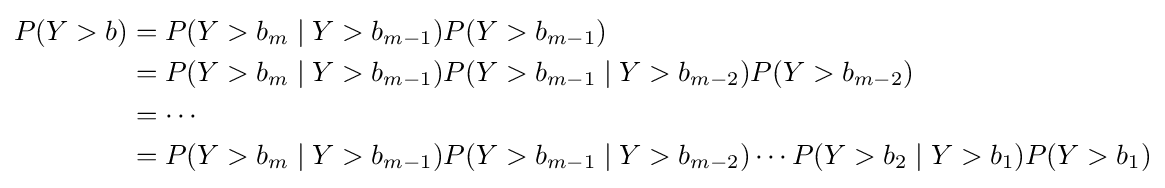
{\begin{aligned}P(Y>b)&=P(Y>b_{m}\mid Y>b_{m-1})P(Y>b_{m-1})\\&=P(Y>b_{m}\mid Y>b_{m-1})P(Y>b_{m-1}\mid Y>b_{m-2})P(Y>b_{m-2})\\&=\cdots \\&=P(Y>b_{m}\mid Y>b_{m-1})P(Y>b_{m-1}\mid Y>b_{m-2})\cdots P(Y>b_{2}\mid Y>b_{1})P(Y>b_{1})\end{aligned}}